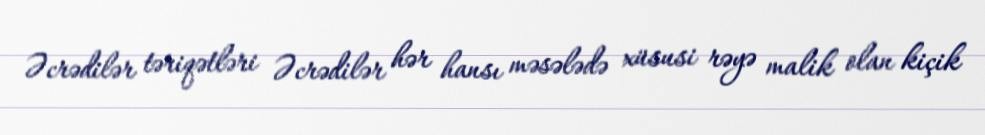
Əcrədilər təriqətləri Əcrədilər hər hansı məsələdə xüsusi rəyə malik olan kiçik